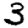
Digit: 3